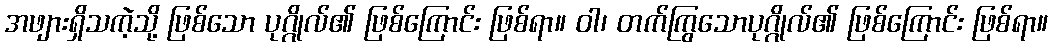
အဖျားရှိသကဲ့သို့ ဖြစ်သော ပုဂ္ဂိုလ်၏ ဖြစ်ကြောင်း ဖြစ်ရာ။ ဝါ၊ တက်ကြွသောပုဂ္ဂိုလ်၏ ဖြစ်ကြောင်း ဖြစ်ရာ။